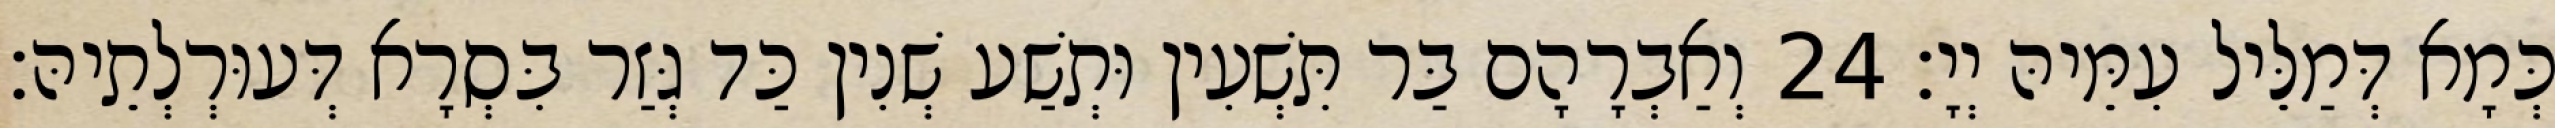
כְּמָא דְּמַלֵּיל עִמֵּיהּ יְיָ׃ 24 וְאַבְרָהָם בַּר תִּשְׁעִין וּתְשַׁע שְׁנִין כַּד גְּזַר בִּסְרָא דְּעוּרְלְתֵיהּ׃